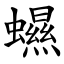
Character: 䗾